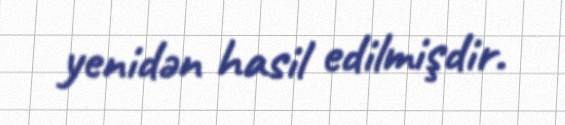
yenidən hasil edilmişdir.